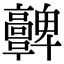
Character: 𩫫